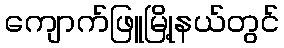
ကျောက်ဖြူမြို့နယ်တွင်